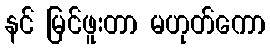
နင် မြင်ဖူးတာ မဟုတ်ကော